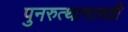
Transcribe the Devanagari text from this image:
पुनरुत्थानासही